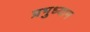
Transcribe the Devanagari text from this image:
प्रभुध्यान